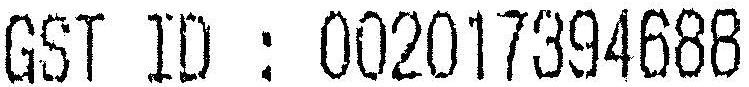
GST ID : 002017394688